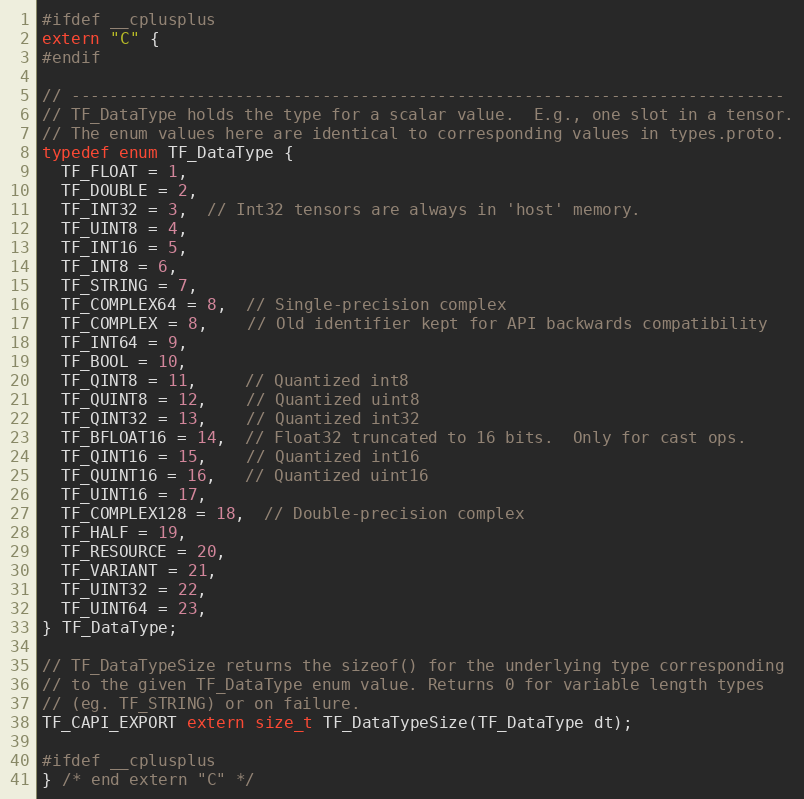
Language: C
#ifdef __cplusplus
extern "C" {
#endif

// --------------------------------------------------------------------------
// TF_DataType holds the type for a scalar value.  E.g., one slot in a tensor.
// The enum values here are identical to corresponding values in types.proto.
typedef enum TF_DataType {
  TF_FLOAT = 1,
  TF_DOUBLE = 2,
  TF_INT32 = 3,  // Int32 tensors are always in 'host' memory.
  TF_UINT8 = 4,
  TF_INT16 = 5,
  TF_INT8 = 6,
  TF_STRING = 7,
  TF_COMPLEX64 = 8,  // Single-precision complex
  TF_COMPLEX = 8,    // Old identifier kept for API backwards compatibility
  TF_INT64 = 9,
  TF_BOOL = 10,
  TF_QINT8 = 11,     // Quantized int8
  TF_QUINT8 = 12,    // Quantized uint8
  TF_QINT32 = 13,    // Quantized int32
  TF_BFLOAT16 = 14,  // Float32 truncated to 16 bits.  Only for cast ops.
  TF_QINT16 = 15,    // Quantized int16
  TF_QUINT16 = 16,   // Quantized uint16
  TF_UINT16 = 17,
  TF_COMPLEX128 = 18,  // Double-precision complex
  TF_HALF = 19,
  TF_RESOURCE = 20,
  TF_VARIANT = 21,
  TF_UINT32 = 22,
  TF_UINT64 = 23,
} TF_DataType;

// TF_DataTypeSize returns the sizeof() for the underlying type corresponding
// to the given TF_DataType enum value. Returns 0 for variable length types
// (eg. TF_STRING) or on failure.
TF_CAPI_EXPORT extern size_t TF_DataTypeSize(TF_DataType dt);

#ifdef __cplusplus
} /* end extern "C" */